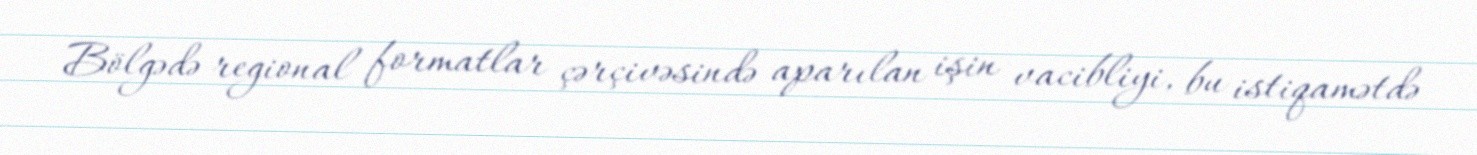
Bölgədə regional formatlar çərçivəsində aparılan işin vacibliyi, bu istiqamətdə